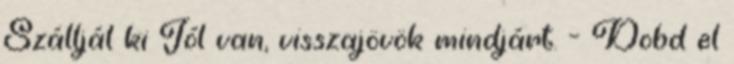
Szálljál ki Jól van, visszajövök mindjárt. - Dobd el